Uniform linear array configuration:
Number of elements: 32
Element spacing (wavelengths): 0.5
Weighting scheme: uniform
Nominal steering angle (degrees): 0
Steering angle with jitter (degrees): -1.681
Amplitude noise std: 0.05
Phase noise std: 0.05

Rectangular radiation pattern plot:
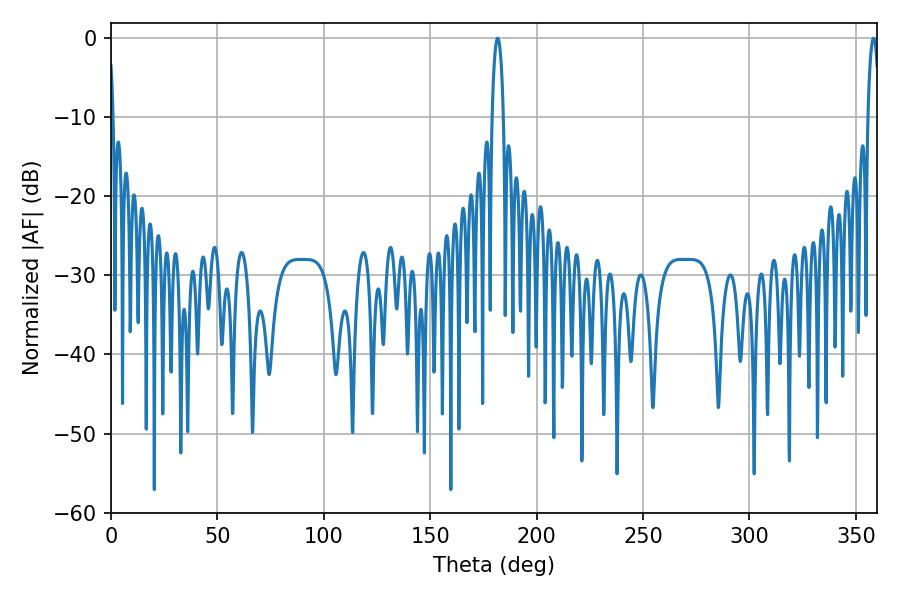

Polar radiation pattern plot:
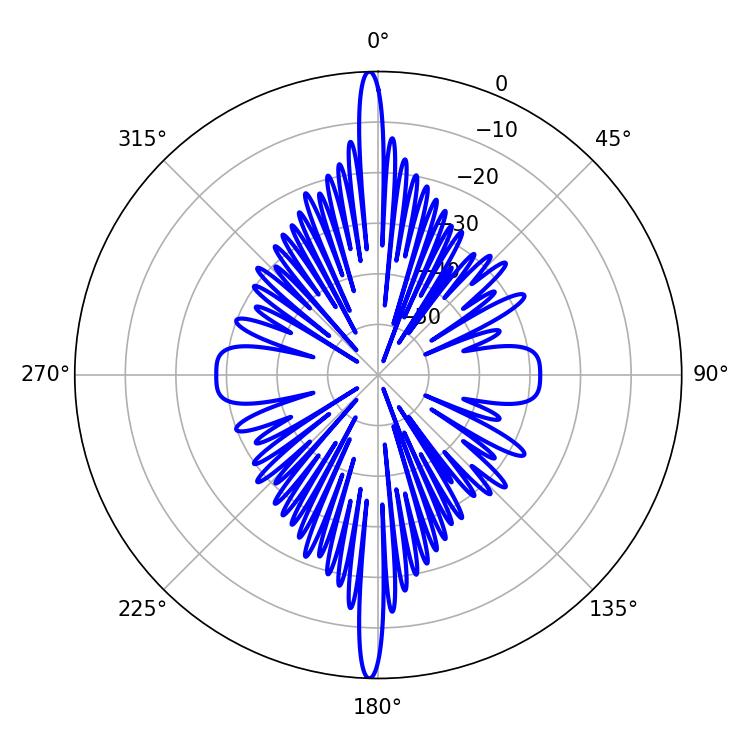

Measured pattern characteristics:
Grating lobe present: FALSE
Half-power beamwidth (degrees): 3.06
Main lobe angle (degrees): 358.38